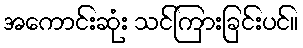
အကောင်းဆုံး သင်ကြားခြင်းပင်။